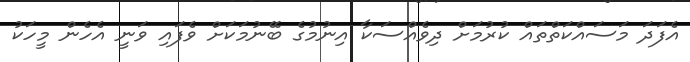
އެފަދަ މަސައްކަތްތައް ކުރުމަށް ދިވެއްސަކާ އިނުމުގެ ބޭނުމަކަށް ވެފައި ވަނީ އެހެން މީހަކު